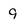
Character: 9